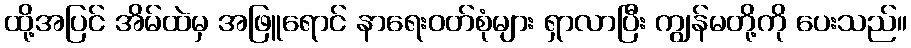
ထို့အပြင် အိမ်ထဲမှ အဖြူရောင် နာရေးဝတ်စုံများ ရှာလာပြီး ကျွန်မတို့ကို ပေးသည်။